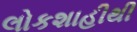
લોકશાહીથી